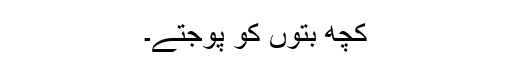
کچھ بتوں کو پوجتے۔